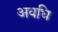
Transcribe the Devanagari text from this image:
अवधि